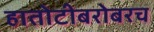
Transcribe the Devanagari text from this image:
हातोटीबरोबरच